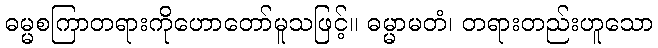
ဓမ္မစကြာတရားကိုဟောတော်မူသဖြင့်။ ဓမ္မာမတံ၊ တရားတည်းဟူသော